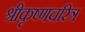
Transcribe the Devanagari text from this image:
श्रीकृष्णचरित्र